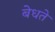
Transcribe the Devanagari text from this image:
बेधते